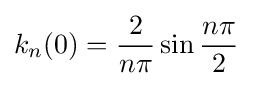
k_{n}(0)={\frac {2}{n\pi }}\sin {\frac {n\pi }{2}}